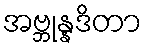
အဗ္ဘုန္နဒိတာ